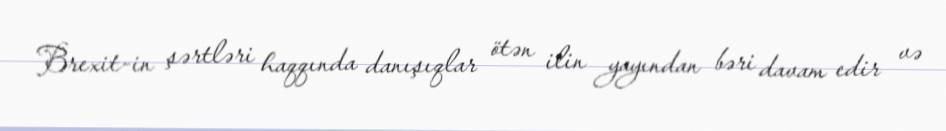
Brexit-in şərtləri haqqında danışıqlar ötən ilin yayından bəri davam edir və